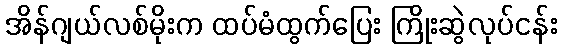
အိန်ဂျယ်လစ်မိုးက ထပ်မံထွက်ပြေး ကြိုးဆွဲလုပ်ငန်း